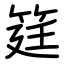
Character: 筳